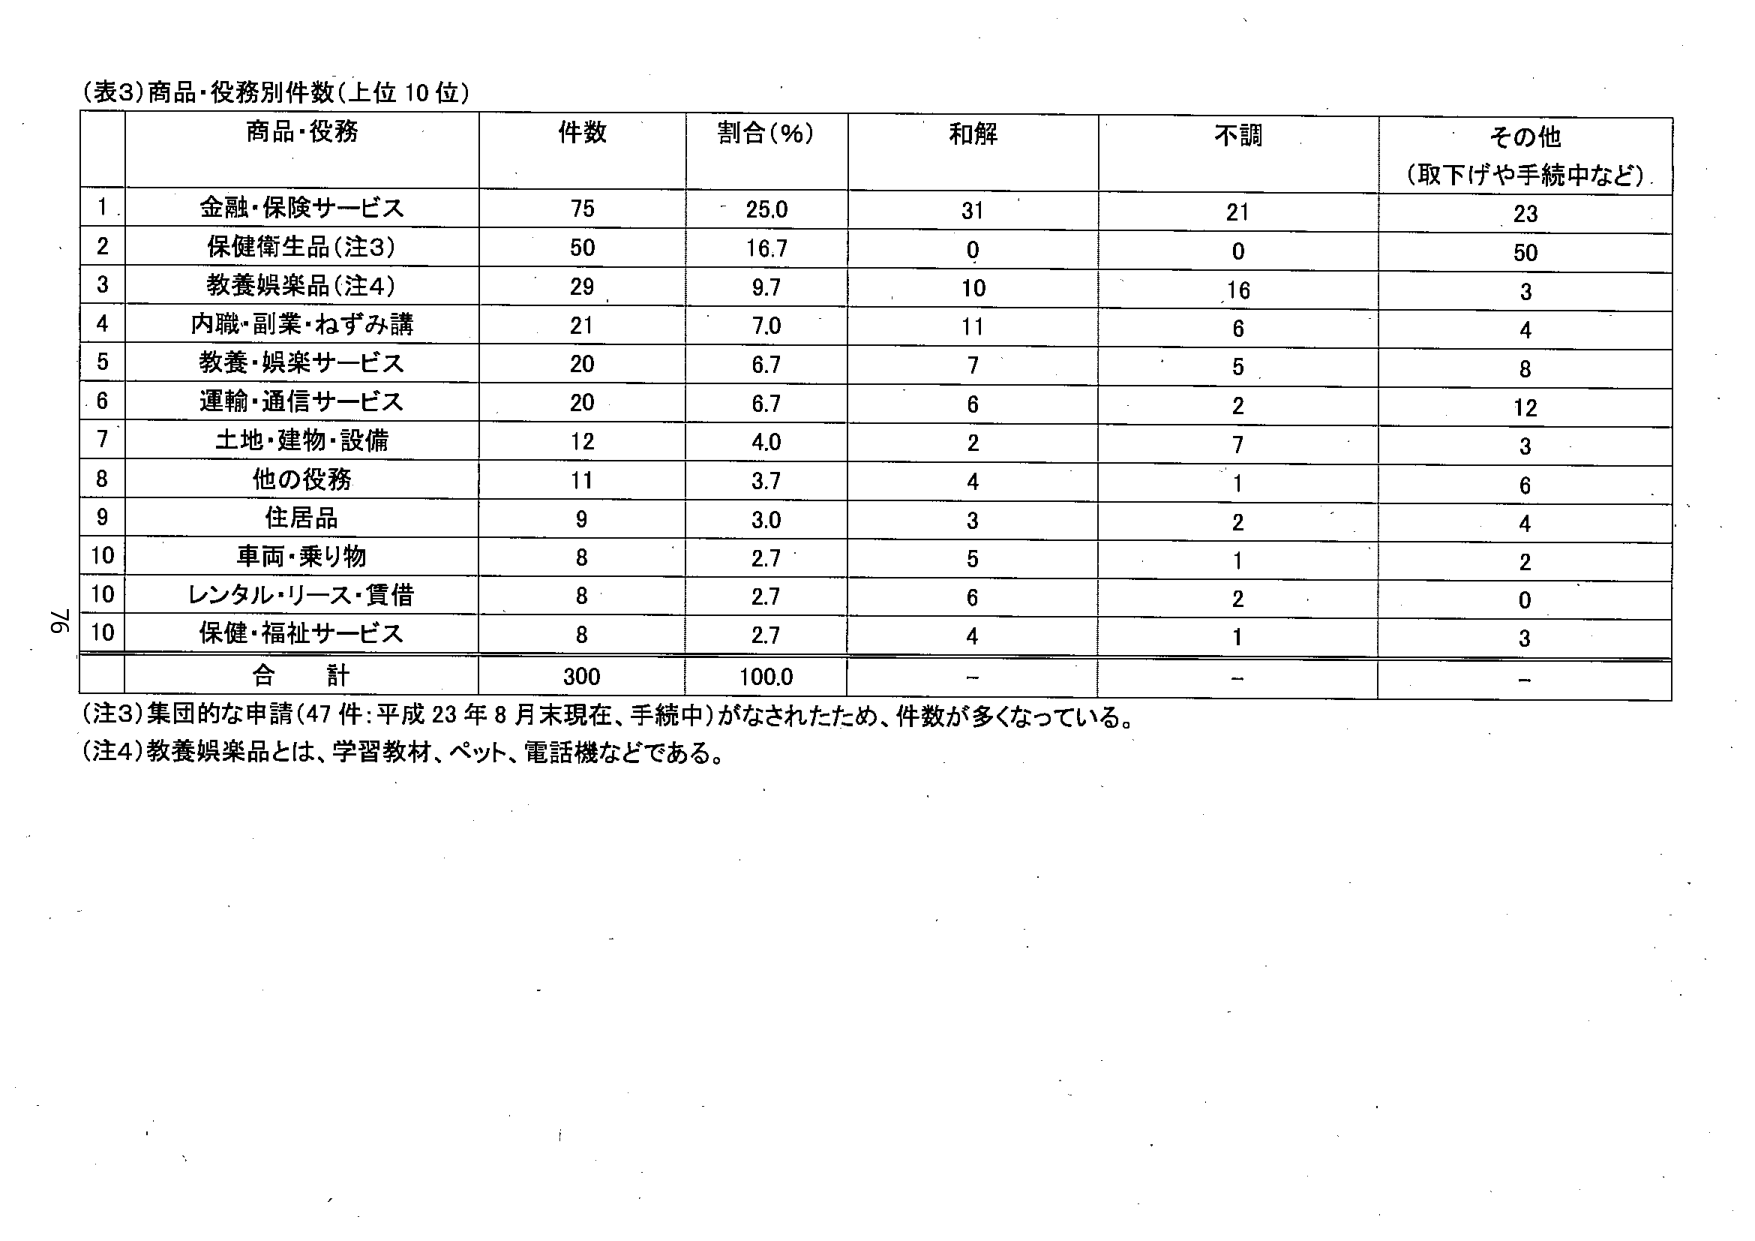
(表3) 商品・役務別件数（上位10位）

商品・役務　　件数　　割合(%)　　和解　　不調　　その他（取下げや手続中など）

1　金融・保険サービス　　　75　　　25.0　　　31　　　21　　　23
2　保健衛生品（注3）　　　50　　　16.7　　　0　　　0　　　50
3　教養娯楽品（注4）　　　29　　　9.7　　　10　　　16　　　3
4　内職・副業・ねずみ講　　21　　　7.0　　　11　　　6　　　4
5　教養・娯楽サービス　　　20　　　6.7　　　7　　　5　　　8
6　運輸・通信サービス　　　20　　　6.7　　　6　　　2　　　12
7　土地・建物・設備　　　　12　　　4.0　　　2　　　7　　　3
8　他の役務　　　　　　　　11　　　3.7　　　4　　　1　　　6
9　住居品　　　　　　　　　9　　　3.0　　　3　　　2　　　4
10　車両・乗り物　　　　　　8　　　2.7　　　5　　　1　　　2
10　レンタル・リース・賃借　8　　　2.7　　　6　　　2　　　0
10　保健・福祉サービス　　　8　　　2.7　　　4　　　1　　　3

合計　　　　　　　　　　300　　　100.0　　　－　　　－　　　－

（注3）集団的な申請（47件：平成23年8月末現在、手続中）がなされたため、件数が多くなっている。
（注4）教養娯楽品とは、学習教材、ペット、電話機などである。